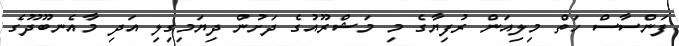
ފަންސާސް ހަތް މިލިއަން ރުފިޔާގެ މި މަޝްރޫއުގެ ދަށުން ދިޔަމިގިލި އަދި މާއެނބޫދޫގެ